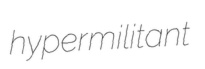
hypermilitant